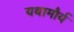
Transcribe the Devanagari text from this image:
यथामौर्य